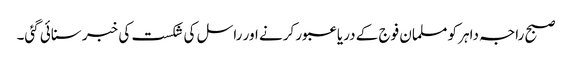
صبح راجہ داہر کو مسلمان فوج کے دریا عبور کرنے اور راسل کی شکست کی خبر سنائی گئی۔